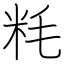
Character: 粍